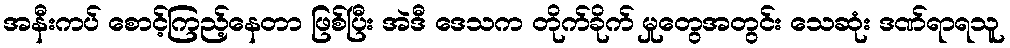
အနီးကပ် စောင့်ကြည့်နေတာ ဖြစ်ပြီး အဲဒီ ဒေသက တိုက်ခိုက် မှုတွေအတွင်း သေဆုံး ဒဏ်ရာရသူ